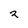
Character: 2